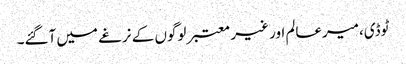
ٹوڈی،میرعالم اور غیر معتبر لوگوں کے نرغے میں آگئے۔